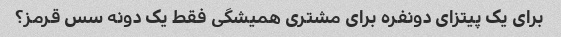
برای یک پیتزای دونفره برای مشتری همیشگی فقط یک دونه سس قرمز؟